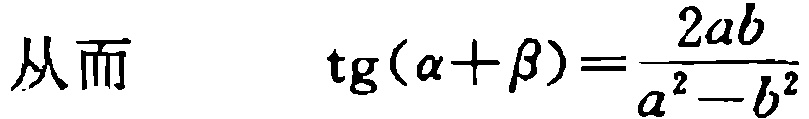
从而 \(\mathrm{tg}(\alpha+\beta)=\frac{2ab}{a^{2}-b^{2}}\)